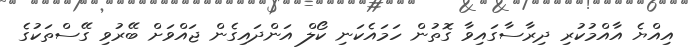
އިއްޔެ އާއްމުކުރި ދިރާސާގައިވާ ގޮތުން ހަމައެކަނި ކޯލް އަންދައިގެން ޖައްވަށް ބޭރުވި ގޭސްތަކުގެ